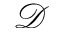
\mathcal { D }